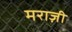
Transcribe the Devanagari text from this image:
मराज़ी